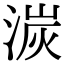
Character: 湠